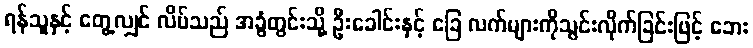
ရန်သူနှင့် တွေ့လျှင် လိပ်သည် အခွံတွင်းသို့ ဦးခေါင်းနှင့် ခြေ လက်များကိုသွင်းလိုက်ခြင်းဖြင့် ဘေး